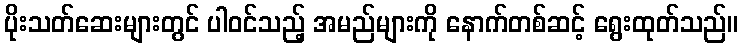
ပိုးသတ်ဆေးများတွင် ပါဝင်သည့် အမည်များကို နောက်တစ်ဆင့် ရွေးထုတ်သည်။